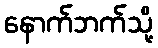
နောက်ဘက်သို့